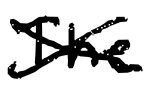
Text: The
Cross-out: cross
Writing tool: digital_black